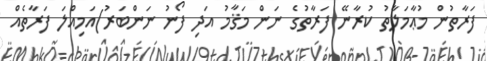
ފަރާތުން މުޢާމަލާތު ކުރާނޭ ފަރާތުގެ ނަން މަޤާމު އަދި ފޯނު ނަންބަރު)އަމިއްލަ ފަރާތެއް